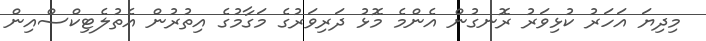
މިދިޔަ އަހަރު ކުޅިވަރު ރޮނގުން އެންމެ މޮޅު ދަރިވަރުގެ މަގާމުގެ އިތުރުން އެތުލެޓިކްސްއިން